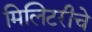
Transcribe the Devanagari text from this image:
मिलिटरीचे